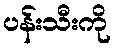
ပန်းသီးကို